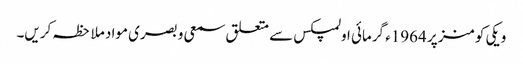
ویکی کومنز پر 1964ء گرمائی اولمپکس سے متعلق سمعی و بصری مواد ملاحظہ کریں۔